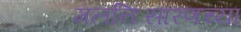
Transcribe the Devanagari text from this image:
मलनिःसारणच्या